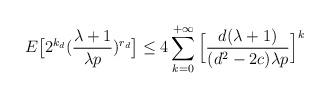
LaTeX: \begin{align*}E\big[2^{k_d}(\frac{\lambda+1}{\lambda p})^{r_d}\big]\leq 4\sum_{k=0}^{+\infty}\Big[\frac{d(\lambda+1)}{(d^2-2c)\lambda p}\Big]^k\end{align*}